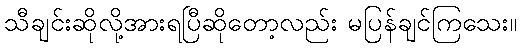
သီချင်းဆိုလို့အားရပြီဆိုတော့လည်း မပြန်ချင်ကြသေး။